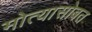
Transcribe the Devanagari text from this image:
मोत्यासोबत